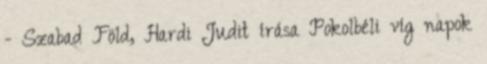
- Szabad Föld, Hardi Judit írása Pokolbéli víg napok